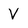
Character: V